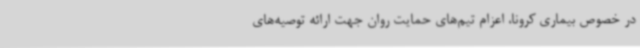
در خصوص بیماری کرونا، اعزام تیم‌های حمایت روان جهت ارائه توصیه‌های